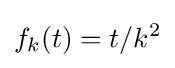
f_{k}(t)=t/k^{2}